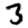
Digit: 3